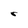
Character: r